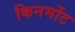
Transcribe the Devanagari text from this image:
किनमोंट